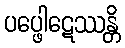
ပပ္ဖေါဋေဿန္တိ